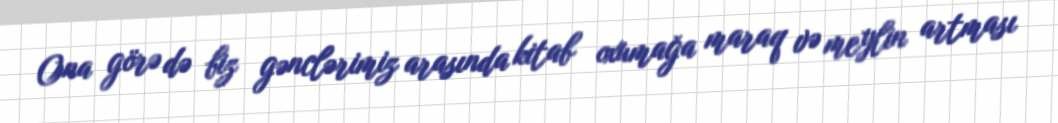
Ona görə də biz gənclərimiz arasında kitab oxumağa maraq və meylin artması